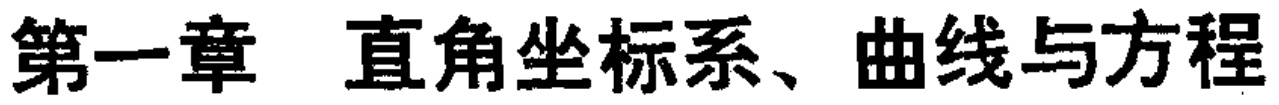
第一章 直角坐标系、曲线与方程